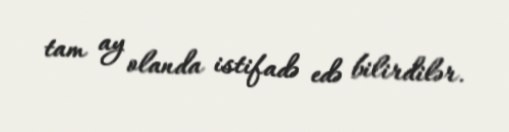
tam ay olanda istifadə edə bilirdilər.